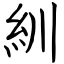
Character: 紃